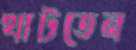
খাটতেন